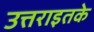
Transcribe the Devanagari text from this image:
उत्तराइतके